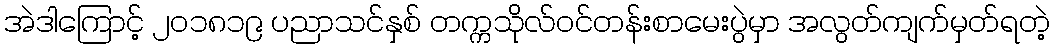
အဲဒါကြောင့် ၂၀၁၈၁၉ ပညာသင်နှစ် တက္ကသိုလ်ဝင်တန်းစာမေးပွဲမှာ အလွတ်ကျက်မှတ်ရတဲ့